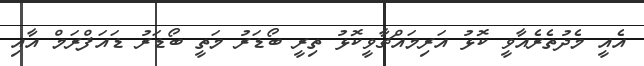
އެއީ މެދުތެރެއާވީ ކޮޅު އަރިމައްޗާވީކޮޅު ތިރީ ބޯޑަރު މަތީ ބޯޑަރު ޑައަފްރަމް އާއި